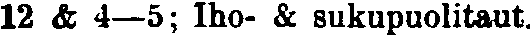
12 & 4—5; Iho- & sukupuolitaut.